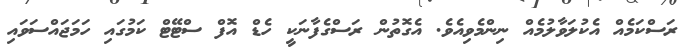
ރަސްކަމެއް އެކުލަވާލުމެއް ނިންމެވިއެވެ. އެގޮތުން ރަސްގެފާނަކީ ހެޑް އޮފް ސްޓޭޓް ކަމުގައި ހަމަޖައްސަވައި